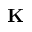
\mathbf { K }